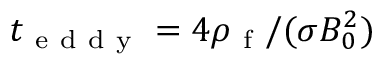
t _ { \mathrm { ~ e ~ d ~ d ~ y ~ } } = 4 \rho _ { \mathrm { ~ f ~ } } / ( \sigma B _ { 0 } ^ { 2 } )